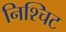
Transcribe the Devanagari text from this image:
निश्चिट